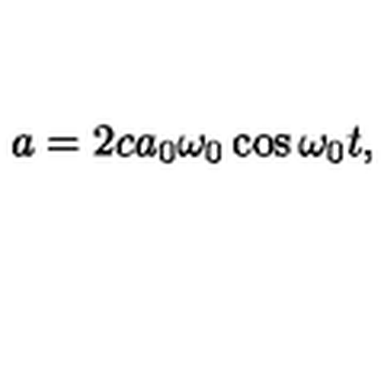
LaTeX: a = 2 c a _ { 0 } \omega _ { 0 } \cos \omega _ { 0 } t ,